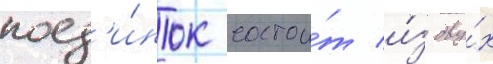
поед'и́нок состои́т и́з дву́х